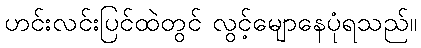
ဟင်းလင်းပြင်ထဲတွင် လွင့်မျောနေပုံရသည်။